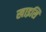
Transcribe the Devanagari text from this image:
खाइसि